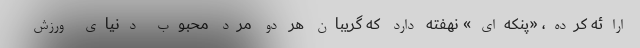
ارائه کرده، «پنکه‌ای» نهفته دارد که گریبان هر دو مرد محبوب دنیای ورزش